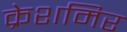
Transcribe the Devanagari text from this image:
क्रेशमिर